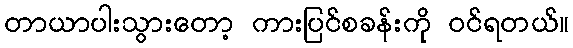
တာယာပါးသွားတော့ ကားပြင်စခန်းကို ဝင်ရတယ်။